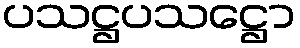
ပသဋ္ဌပသဋ္ဌော